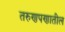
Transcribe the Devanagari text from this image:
तरुणपणातील